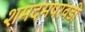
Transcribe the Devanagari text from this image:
शमदमपरवडी